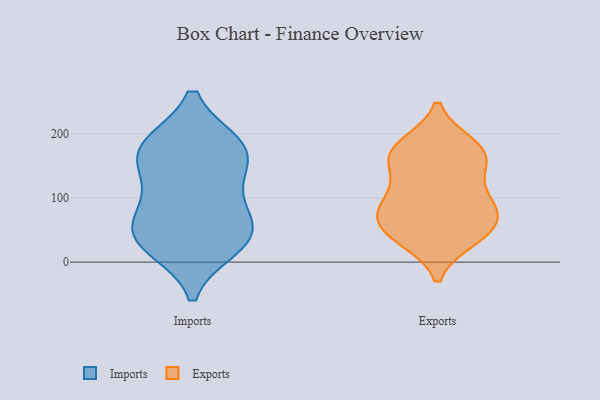
{"axis": {"x": "Inventory Turnover", "y": "Value"}, "legend": ["Exports", "Imports"], "data": [{"x": "", "y": 96, "type": "Imports"}, {"x": "", "y": 70, "type": "Imports"}, {"x": "", "y": 181, "type": "Imports"}, {"x": "", "y": 133, "type": "Imports"}, {"x": "", "y": 25, "type": "Imports"}, {"x": "", "y": 180, "type": "Imports"}, {"x": "", "y": 37, "type": "Imports"}, {"x": "", "y": 44, "type": "Imports"}, {"x": "", "y": 179, "type": "Imports"}, {"x": "", "y": 39, "type": "Imports"}, {"x": "", "y": 165, "type": "Imports"}, {"x": "", "y": 36, "type": "Exports"}, {"x": "", "y": 180, "type": "Exports"}, {"x": "", "y": 96, "type": "Exports"}, {"x": "", "y": 91, "type": "Exports"}, {"x": "", "y": 155, "type": "Exports"}, {"x": "", "y": 166, "type": "Exports"}, {"x": "", "y": 96, "type": "Exports"}, {"x": "", "y": 82, "type": "Exports"}, {"x": "", "y": 46, "type": "Exports"}, {"x": "", "y": 62, "type": "Exports"}, {"x": "", "y": 38, "type": "Exports"}, {"x": "", "y": 142, "type": "Exports"}, {"x": "", "y": 169, "type": "Exports"}, {"x": "", "y": 61, "type": "Exports"}, {"x": "", "y": 182, "type": "Exports"}]}